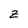
Character: z